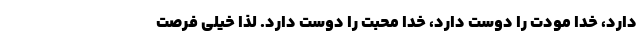
دارد، خدا مودت را دوست دارد، خدا محبت را دوست دارد. لذا خیلی فرصت